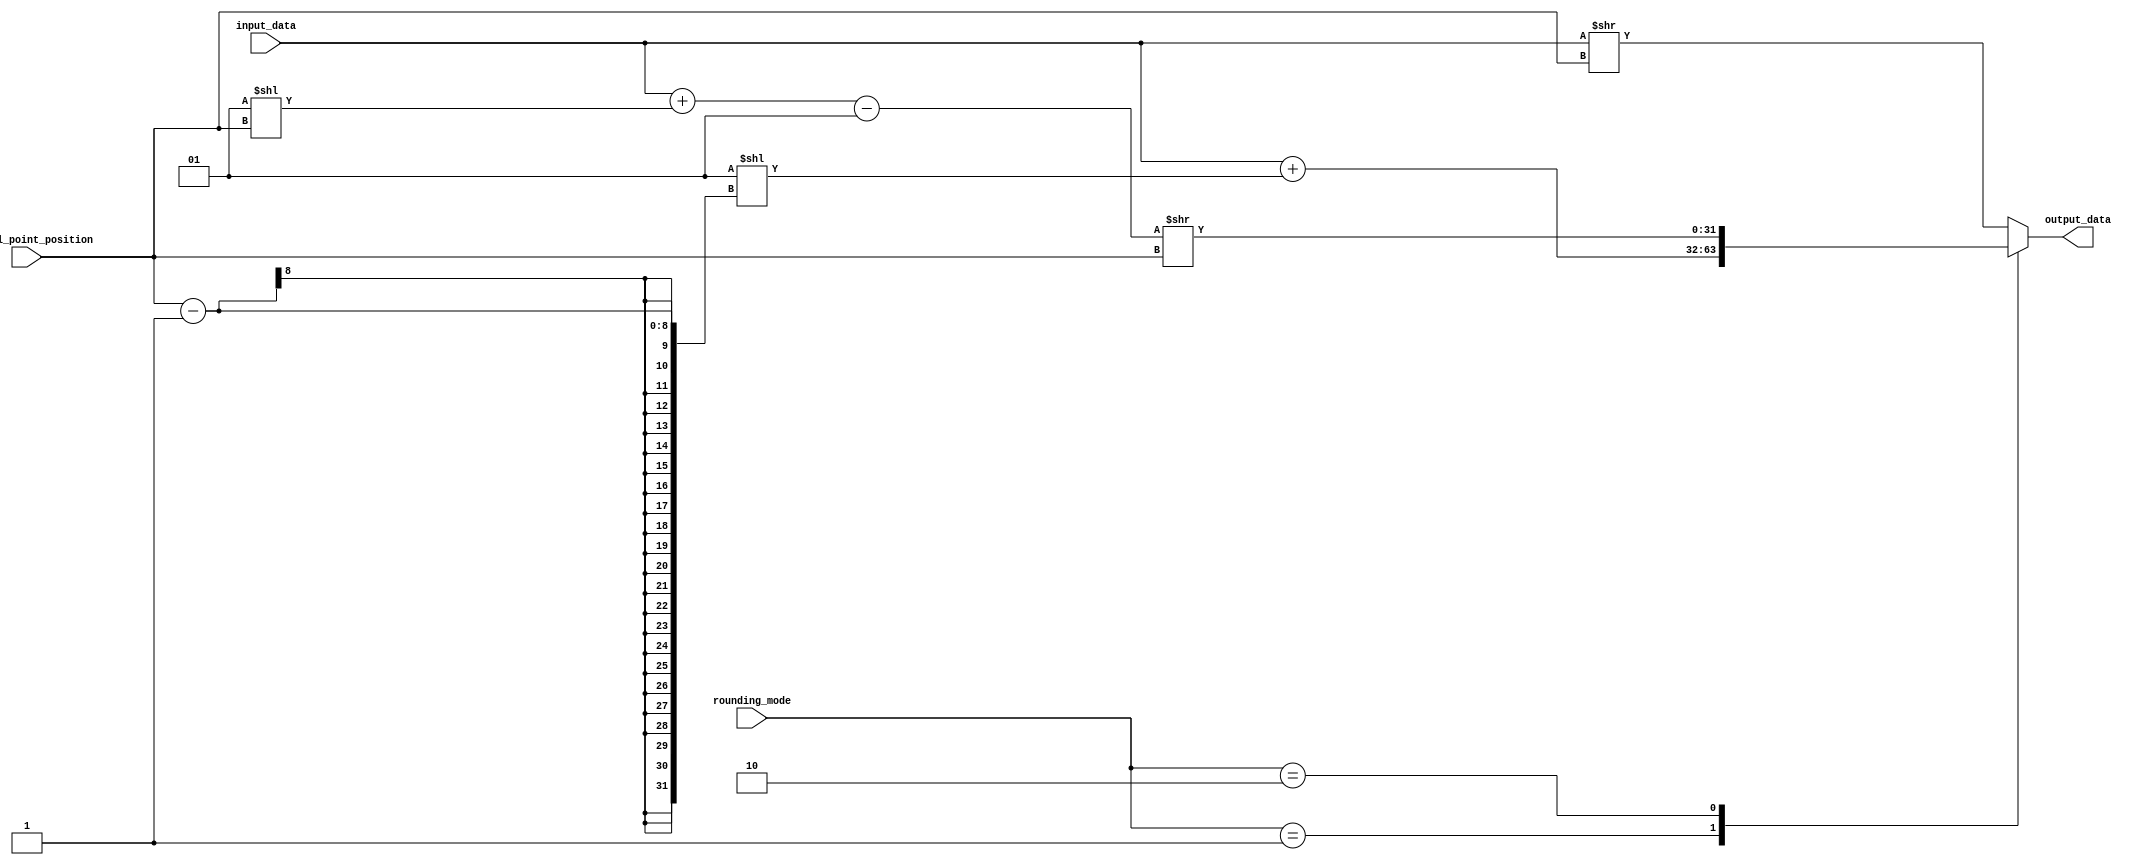
module fixed_point_rounding_unit(
    input wire signed [31:0] input_data,
    input wire [1:0] rounding_mode,
    input wire [7:0] decimal_point_position,
    output reg signed [31:0] output_data
);

reg signed [31:0] rounded_data;

always @ (*) begin
    case(rounding_mode)
        2'b00: rounded_data = input_data >> decimal_point_position; // Round down
        2'b01: rounded_data = input_data + (1 << (decimal_point_position - 1)); // Round to the nearest value
        2'b10: rounded_data = (input_data + (1 << decimal_point_position) - 1) >> decimal_point_position; // Round up
        default: rounded_data = input_data >> decimal_point_position; // Default to rounding down
    endcase
end

assign output_data = rounded_data;

endmodule